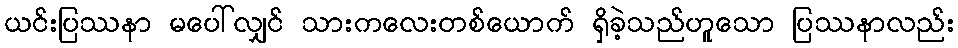
ယင်းပြဿနာ မပေါ်လျှင် သားကလေးတစ်ယောက် ရှိခဲ့သည်ဟူသော ပြဿနာလည်း